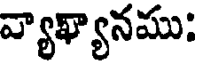
వ్యాఖ్యానము: